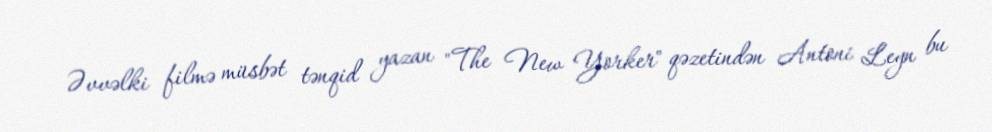
Əvvəlki filmə müsbət tənqid yazan "The New Yorker" qəzetindən Antoni Leyn bu